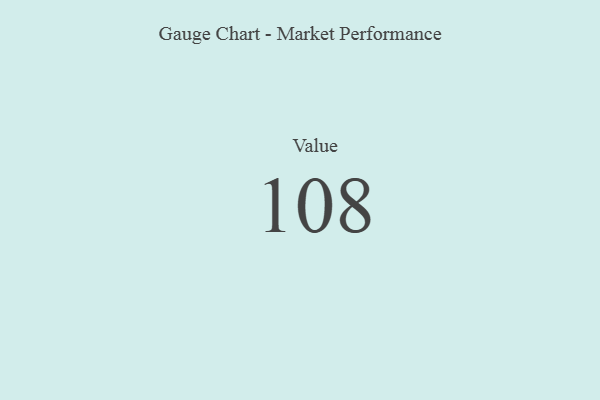
{"axis": {"x": "Metric", "y": "Value"}, "legend": [""], "data": [{"x": "Value", "y": 108, "type": ""}]}